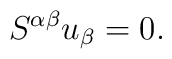
S^{\alpha\beta}u_{\beta}=0.